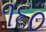
૧૬૦